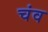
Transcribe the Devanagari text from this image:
चंव